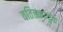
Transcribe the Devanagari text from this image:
वतित्तकायुक्त